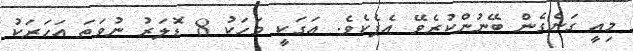
މިއީ ގަނެގެން ބޭނުންކުރެވޭ އެޕެކެވެ. އަގަކީ މަހަކު 8 ޑޮލަރު ނުވަތަ އަހަރަކު